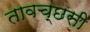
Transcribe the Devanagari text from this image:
तावच्छसी